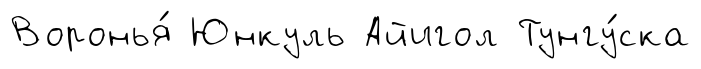
Воронья́ Юнкуль Айигол Тунгу́ска